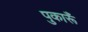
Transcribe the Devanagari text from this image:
पुकारूँ